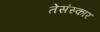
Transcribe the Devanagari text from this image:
तेसंस्कार